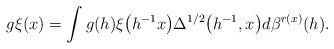
LaTeX: \begin{gather*}g\xi(x)=\int g(h)\xi\big(h^{-1}x\big)\Delta^{1/2}\big(h^{-1}, x\big)d\beta^{r(x)}(h).\end{gather*}